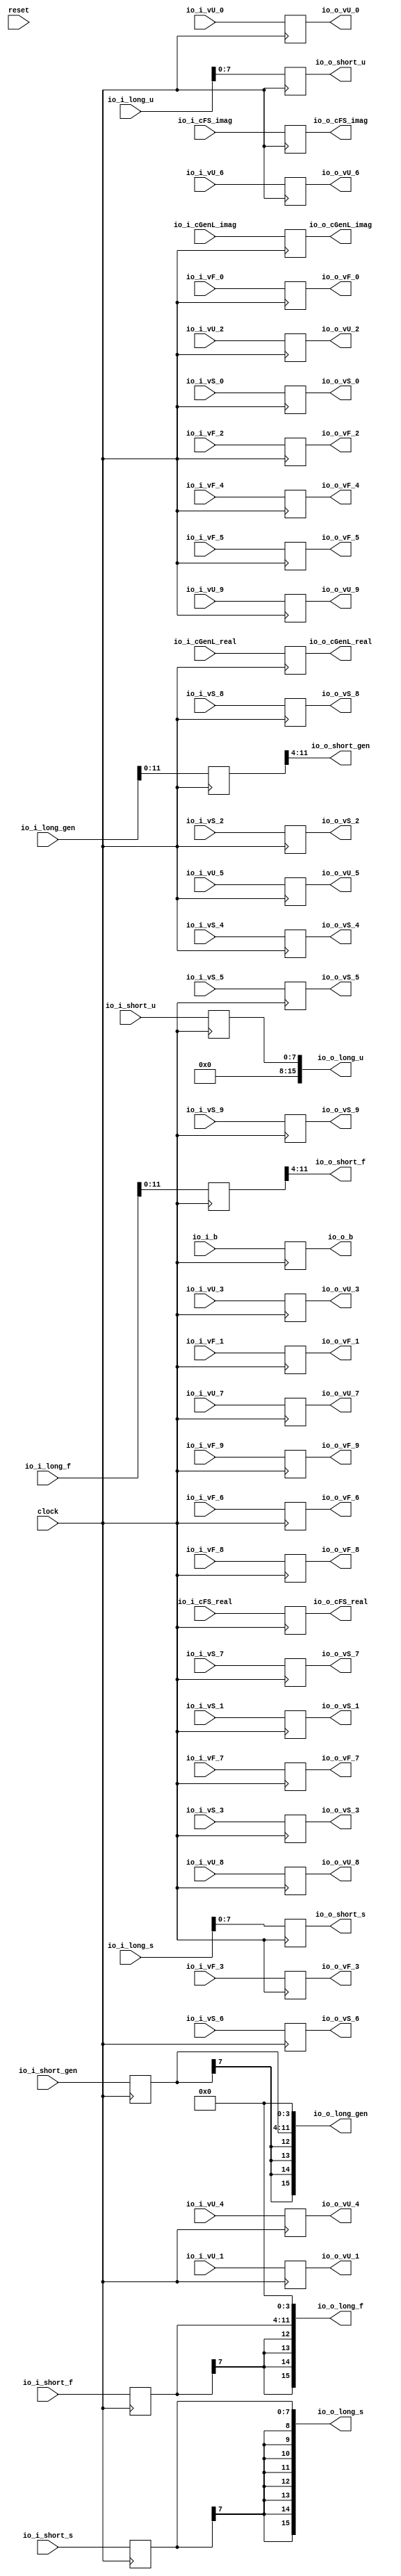
module SimpleIOModule(
  input         clock,
  input         reset,
  input         io_i_b,
  input  [15:0] io_i_cGenL_real,
  input  [15:0] io_i_cGenL_imag,
  input  [7:0]  io_i_cFS_real,
  input  [7:0]  io_i_cFS_imag,
  input  [7:0]  io_i_short_gen,
  input  [7:0]  io_i_short_s,
  input  [7:0]  io_i_short_f,
  input  [7:0]  io_i_short_u,
  input  [15:0] io_i_long_gen,
  input  [15:0] io_i_long_s,
  input  [15:0] io_i_long_f,
  input  [15:0] io_i_long_u,
  input  [7:0]  io_i_vU_0,
  input  [7:0]  io_i_vU_1,
  input  [7:0]  io_i_vU_2,
  input  [7:0]  io_i_vU_3,
  input  [7:0]  io_i_vU_4,
  input  [7:0]  io_i_vU_5,
  input  [7:0]  io_i_vU_6,
  input  [7:0]  io_i_vU_7,
  input  [7:0]  io_i_vU_8,
  input  [7:0]  io_i_vU_9,
  input  [7:0]  io_i_vS_0,
  input  [7:0]  io_i_vS_1,
  input  [7:0]  io_i_vS_2,
  input  [7:0]  io_i_vS_3,
  input  [7:0]  io_i_vS_4,
  input  [7:0]  io_i_vS_5,
  input  [7:0]  io_i_vS_6,
  input  [7:0]  io_i_vS_7,
  input  [7:0]  io_i_vS_8,
  input  [7:0]  io_i_vS_9,
  input  [7:0]  io_i_vF_0,
  input  [7:0]  io_i_vF_1,
  input  [7:0]  io_i_vF_2,
  input  [7:0]  io_i_vF_3,
  input  [7:0]  io_i_vF_4,
  input  [7:0]  io_i_vF_5,
  input  [7:0]  io_i_vF_6,
  input  [7:0]  io_i_vF_7,
  input  [7:0]  io_i_vF_8,
  input  [7:0]  io_i_vF_9,
  output        io_o_b,
  output [15:0] io_o_cGenL_real,
  output [15:0] io_o_cGenL_imag,
  output [7:0]  io_o_cFS_real,
  output [7:0]  io_o_cFS_imag,
  output [7:0]  io_o_short_gen,
  output [7:0]  io_o_short_s,
  output [7:0]  io_o_short_f,
  output [7:0]  io_o_short_u,
  output [15:0] io_o_long_gen,
  output [15:0] io_o_long_s,
  output [15:0] io_o_long_f,
  output [15:0] io_o_long_u,
  output [7:0]  io_o_vU_0,
  output [7:0]  io_o_vU_1,
  output [7:0]  io_o_vU_2,
  output [7:0]  io_o_vU_3,
  output [7:0]  io_o_vU_4,
  output [7:0]  io_o_vU_5,
  output [7:0]  io_o_vU_6,
  output [7:0]  io_o_vU_7,
  output [7:0]  io_o_vU_8,
  output [7:0]  io_o_vU_9,
  output [7:0]  io_o_vS_0,
  output [7:0]  io_o_vS_1,
  output [7:0]  io_o_vS_2,
  output [7:0]  io_o_vS_3,
  output [7:0]  io_o_vS_4,
  output [7:0]  io_o_vS_5,
  output [7:0]  io_o_vS_6,
  output [7:0]  io_o_vS_7,
  output [7:0]  io_o_vS_8,
  output [7:0]  io_o_vS_9,
  output [7:0]  io_o_vF_0,
  output [7:0]  io_o_vF_1,
  output [7:0]  io_o_vF_2,
  output [7:0]  io_o_vF_3,
  output [7:0]  io_o_vF_4,
  output [7:0]  io_o_vF_5,
  output [7:0]  io_o_vF_6,
  output [7:0]  io_o_vF_7,
  output [7:0]  io_o_vF_8,
  output [7:0]  io_o_vF_9
);
`ifdef RANDOMIZE_REG_INIT
  reg [31:0] _RAND_0;
  reg [31:0] _RAND_1;
  reg [31:0] _RAND_2;
  reg [31:0] _RAND_3;
  reg [31:0] _RAND_4;
  reg [31:0] _RAND_5;
  reg [31:0] _RAND_6;
  reg [31:0] _RAND_7;
  reg [31:0] _RAND_8;
  reg [31:0] _RAND_9;
  reg [31:0] _RAND_10;
  reg [31:0] _RAND_11;
  reg [31:0] _RAND_12;
  reg [31:0] _RAND_13;
  reg [31:0] _RAND_14;
  reg [31:0] _RAND_15;
  reg [31:0] _RAND_16;
  reg [31:0] _RAND_17;
  reg [31:0] _RAND_18;
  reg [31:0] _RAND_19;
  reg [31:0] _RAND_20;
  reg [31:0] _RAND_21;
  reg [31:0] _RAND_22;
  reg [31:0] _RAND_23;
  reg [31:0] _RAND_24;
  reg [31:0] _RAND_25;
  reg [31:0] _RAND_26;
  reg [31:0] _RAND_27;
  reg [31:0] _RAND_28;
  reg [31:0] _RAND_29;
  reg [31:0] _RAND_30;
  reg [31:0] _RAND_31;
  reg [31:0] _RAND_32;
  reg [31:0] _RAND_33;
  reg [31:0] _RAND_34;
  reg [31:0] _RAND_35;
  reg [31:0] _RAND_36;
  reg [31:0] _RAND_37;
  reg [31:0] _RAND_38;
  reg [31:0] _RAND_39;
  reg [31:0] _RAND_40;
  reg [31:0] _RAND_41;
  reg [31:0] _RAND_42;
`endif // RANDOMIZE_REG_INIT
  reg [7:0] _T_49_gen; // @[SimpleTBwGenTypeOption.scala 121:23]
  reg [7:0] _T_49_s; // @[SimpleTBwGenTypeOption.scala 121:23]
  reg [7:0] _T_49_f; // @[SimpleTBwGenTypeOption.scala 121:23]
  reg [7:0] _T_49_u; // @[SimpleTBwGenTypeOption.scala 121:23]
  reg [15:0] _T_51_gen; // @[SimpleTBwGenTypeOption.scala 122:24]
  reg [15:0] _T_51_s; // @[SimpleTBwGenTypeOption.scala 122:24]
  reg [15:0] _T_51_f; // @[SimpleTBwGenTypeOption.scala 122:24]
  reg [15:0] _T_51_u; // @[SimpleTBwGenTypeOption.scala 122:24]
  reg  _T_53; // @[SimpleTBwGenTypeOption.scala 125:20]
  reg [15:0] _T_59_real; // @[SimpleTBwGenTypeOption.scala 126:24]
  reg [15:0] _T_59_imag; // @[SimpleTBwGenTypeOption.scala 126:24]
  reg [7:0] _T_65_real; // @[SimpleTBwGenTypeOption.scala 127:22]
  reg [7:0] _T_65_imag; // @[SimpleTBwGenTypeOption.scala 127:22]
  reg [7:0] _T_79_0; // @[SimpleTBwGenTypeOption.scala 130:21]
  reg [7:0] _T_79_1; // @[SimpleTBwGenTypeOption.scala 130:21]
  reg [7:0] _T_79_2; // @[SimpleTBwGenTypeOption.scala 130:21]
  reg [7:0] _T_79_3; // @[SimpleTBwGenTypeOption.scala 130:21]
  reg [7:0] _T_79_4; // @[SimpleTBwGenTypeOption.scala 130:21]
  reg [7:0] _T_79_5; // @[SimpleTBwGenTypeOption.scala 130:21]
  reg [7:0] _T_79_6; // @[SimpleTBwGenTypeOption.scala 130:21]
  reg [7:0] _T_79_7; // @[SimpleTBwGenTypeOption.scala 130:21]
  reg [7:0] _T_79_8; // @[SimpleTBwGenTypeOption.scala 130:21]
  reg [7:0] _T_79_9; // @[SimpleTBwGenTypeOption.scala 130:21]
  reg [7:0] _T_116_0; // @[SimpleTBwGenTypeOption.scala 131:21]
  reg [7:0] _T_116_1; // @[SimpleTBwGenTypeOption.scala 131:21]
  reg [7:0] _T_116_2; // @[SimpleTBwGenTypeOption.scala 131:21]
  reg [7:0] _T_116_3; // @[SimpleTBwGenTypeOption.scala 131:21]
  reg [7:0] _T_116_4; // @[SimpleTBwGenTypeOption.scala 131:21]
  reg [7:0] _T_116_5; // @[SimpleTBwGenTypeOption.scala 131:21]
  reg [7:0] _T_116_6; // @[SimpleTBwGenTypeOption.scala 131:21]
  reg [7:0] _T_116_7; // @[SimpleTBwGenTypeOption.scala 131:21]
  reg [7:0] _T_116_8; // @[SimpleTBwGenTypeOption.scala 131:21]
  reg [7:0] _T_116_9; // @[SimpleTBwGenTypeOption.scala 131:21]
  reg [7:0] _T_153_0; // @[SimpleTBwGenTypeOption.scala 132:21]
  reg [7:0] _T_153_1; // @[SimpleTBwGenTypeOption.scala 132:21]
  reg [7:0] _T_153_2; // @[SimpleTBwGenTypeOption.scala 132:21]
  reg [7:0] _T_153_3; // @[SimpleTBwGenTypeOption.scala 132:21]
  reg [7:0] _T_153_4; // @[SimpleTBwGenTypeOption.scala 132:21]
  reg [7:0] _T_153_5; // @[SimpleTBwGenTypeOption.scala 132:21]
  reg [7:0] _T_153_6; // @[SimpleTBwGenTypeOption.scala 132:21]
  reg [7:0] _T_153_7; // @[SimpleTBwGenTypeOption.scala 132:21]
  reg [7:0] _T_153_8; // @[SimpleTBwGenTypeOption.scala 132:21]
  reg [7:0] _T_153_9; // @[SimpleTBwGenTypeOption.scala 132:21]
  wire [11:0] _GEN_0 = _T_51_gen[15:4]; // @[SimpleTBwGenTypeOption.scala 122:14]
  wire [11:0] _GEN_3 = _T_51_f[15:4]; // @[SimpleTBwGenTypeOption.scala 122:14]
  wire [11:0] _GEN_5 = {$signed(_T_49_gen), 4'h0}; // @[SimpleTBwGenTypeOption.scala 121:13]
  wire [11:0] _GEN_6 = {$signed(_T_49_f), 4'h0}; // @[SimpleTBwGenTypeOption.scala 121:13]
  assign io_o_b = _T_53; // @[SimpleTBwGenTypeOption.scala 125:10]
  assign io_o_cGenL_real = _T_59_real; // @[SimpleTBwGenTypeOption.scala 126:14]
  assign io_o_cGenL_imag = _T_59_imag; // @[SimpleTBwGenTypeOption.scala 126:14]
  assign io_o_cFS_real = _T_65_real; // @[SimpleTBwGenTypeOption.scala 127:12]
  assign io_o_cFS_imag = _T_65_imag; // @[SimpleTBwGenTypeOption.scala 127:12]
  assign io_o_short_gen = _GEN_0[7:0]; // @[SimpleTBwGenTypeOption.scala 122:14]
  assign io_o_short_s = _T_51_s[7:0]; // @[SimpleTBwGenTypeOption.scala 122:14]
  assign io_o_short_f = _GEN_3[7:0]; // @[SimpleTBwGenTypeOption.scala 122:14]
  assign io_o_short_u = _T_51_u[7:0]; // @[SimpleTBwGenTypeOption.scala 122:14]
  assign io_o_long_gen = {{4{_GEN_5[11]}},_GEN_5}; // @[SimpleTBwGenTypeOption.scala 121:13]
  assign io_o_long_s = {{8{_T_49_s[7]}},_T_49_s}; // @[SimpleTBwGenTypeOption.scala 121:13]
  assign io_o_long_f = {{4{_GEN_6[11]}},_GEN_6}; // @[SimpleTBwGenTypeOption.scala 121:13]
  assign io_o_long_u = {{8'd0}, _T_49_u}; // @[SimpleTBwGenTypeOption.scala 121:13]
  assign io_o_vU_0 = _T_79_0; // @[SimpleTBwGenTypeOption.scala 130:11]
  assign io_o_vU_1 = _T_79_1; // @[SimpleTBwGenTypeOption.scala 130:11]
  assign io_o_vU_2 = _T_79_2; // @[SimpleTBwGenTypeOption.scala 130:11]
  assign io_o_vU_3 = _T_79_3; // @[SimpleTBwGenTypeOption.scala 130:11]
  assign io_o_vU_4 = _T_79_4; // @[SimpleTBwGenTypeOption.scala 130:11]
  assign io_o_vU_5 = _T_79_5; // @[SimpleTBwGenTypeOption.scala 130:11]
  assign io_o_vU_6 = _T_79_6; // @[SimpleTBwGenTypeOption.scala 130:11]
  assign io_o_vU_7 = _T_79_7; // @[SimpleTBwGenTypeOption.scala 130:11]
  assign io_o_vU_8 = _T_79_8; // @[SimpleTBwGenTypeOption.scala 130:11]
  assign io_o_vU_9 = _T_79_9; // @[SimpleTBwGenTypeOption.scala 130:11]
  assign io_o_vS_0 = _T_116_0; // @[SimpleTBwGenTypeOption.scala 131:11]
  assign io_o_vS_1 = _T_116_1; // @[SimpleTBwGenTypeOption.scala 131:11]
  assign io_o_vS_2 = _T_116_2; // @[SimpleTBwGenTypeOption.scala 131:11]
  assign io_o_vS_3 = _T_116_3; // @[SimpleTBwGenTypeOption.scala 131:11]
  assign io_o_vS_4 = _T_116_4; // @[SimpleTBwGenTypeOption.scala 131:11]
  assign io_o_vS_5 = _T_116_5; // @[SimpleTBwGenTypeOption.scala 131:11]
  assign io_o_vS_6 = _T_116_6; // @[SimpleTBwGenTypeOption.scala 131:11]
  assign io_o_vS_7 = _T_116_7; // @[SimpleTBwGenTypeOption.scala 131:11]
  assign io_o_vS_8 = _T_116_8; // @[SimpleTBwGenTypeOption.scala 131:11]
  assign io_o_vS_9 = _T_116_9; // @[SimpleTBwGenTypeOption.scala 131:11]
  assign io_o_vF_0 = _T_153_0; // @[SimpleTBwGenTypeOption.scala 132:11]
  assign io_o_vF_1 = _T_153_1; // @[SimpleTBwGenTypeOption.scala 132:11]
  assign io_o_vF_2 = _T_153_2; // @[SimpleTBwGenTypeOption.scala 132:11]
  assign io_o_vF_3 = _T_153_3; // @[SimpleTBwGenTypeOption.scala 132:11]
  assign io_o_vF_4 = _T_153_4; // @[SimpleTBwGenTypeOption.scala 132:11]
  assign io_o_vF_5 = _T_153_5; // @[SimpleTBwGenTypeOption.scala 132:11]
  assign io_o_vF_6 = _T_153_6; // @[SimpleTBwGenTypeOption.scala 132:11]
  assign io_o_vF_7 = _T_153_7; // @[SimpleTBwGenTypeOption.scala 132:11]
  assign io_o_vF_8 = _T_153_8; // @[SimpleTBwGenTypeOption.scala 132:11]
  assign io_o_vF_9 = _T_153_9; // @[SimpleTBwGenTypeOption.scala 132:11]
  always @(posedge clock) begin
    _T_49_gen <= io_i_short_gen; // @[SimpleTBwGenTypeOption.scala 121:23]
    _T_49_s <= io_i_short_s; // @[SimpleTBwGenTypeOption.scala 121:23]
    _T_49_f <= io_i_short_f; // @[SimpleTBwGenTypeOption.scala 121:23]
    _T_49_u <= io_i_short_u; // @[SimpleTBwGenTypeOption.scala 121:23]
    _T_51_gen <= io_i_long_gen; // @[SimpleTBwGenTypeOption.scala 122:24]
    _T_51_s <= io_i_long_s; // @[SimpleTBwGenTypeOption.scala 122:24]
    _T_51_f <= io_i_long_f; // @[SimpleTBwGenTypeOption.scala 122:24]
    _T_51_u <= io_i_long_u; // @[SimpleTBwGenTypeOption.scala 122:24]
    _T_53 <= io_i_b; // @[SimpleTBwGenTypeOption.scala 125:20]
    _T_59_real <= io_i_cGenL_real; // @[SimpleTBwGenTypeOption.scala 126:24]
    _T_59_imag <= io_i_cGenL_imag; // @[SimpleTBwGenTypeOption.scala 126:24]
    _T_65_real <= io_i_cFS_real; // @[SimpleTBwGenTypeOption.scala 127:22]
    _T_65_imag <= io_i_cFS_imag; // @[SimpleTBwGenTypeOption.scala 127:22]
    _T_79_0 <= io_i_vU_0; // @[SimpleTBwGenTypeOption.scala 130:21]
    _T_79_1 <= io_i_vU_1; // @[SimpleTBwGenTypeOption.scala 130:21]
    _T_79_2 <= io_i_vU_2; // @[SimpleTBwGenTypeOption.scala 130:21]
    _T_79_3 <= io_i_vU_3; // @[SimpleTBwGenTypeOption.scala 130:21]
    _T_79_4 <= io_i_vU_4; // @[SimpleTBwGenTypeOption.scala 130:21]
    _T_79_5 <= io_i_vU_5; // @[SimpleTBwGenTypeOption.scala 130:21]
    _T_79_6 <= io_i_vU_6; // @[SimpleTBwGenTypeOption.scala 130:21]
    _T_79_7 <= io_i_vU_7; // @[SimpleTBwGenTypeOption.scala 130:21]
    _T_79_8 <= io_i_vU_8; // @[SimpleTBwGenTypeOption.scala 130:21]
    _T_79_9 <= io_i_vU_9; // @[SimpleTBwGenTypeOption.scala 130:21]
    _T_116_0 <= io_i_vS_0; // @[SimpleTBwGenTypeOption.scala 131:21]
    _T_116_1 <= io_i_vS_1; // @[SimpleTBwGenTypeOption.scala 131:21]
    _T_116_2 <= io_i_vS_2; // @[SimpleTBwGenTypeOption.scala 131:21]
    _T_116_3 <= io_i_vS_3; // @[SimpleTBwGenTypeOption.scala 131:21]
    _T_116_4 <= io_i_vS_4; // @[SimpleTBwGenTypeOption.scala 131:21]
    _T_116_5 <= io_i_vS_5; // @[SimpleTBwGenTypeOption.scala 131:21]
    _T_116_6 <= io_i_vS_6; // @[SimpleTBwGenTypeOption.scala 131:21]
    _T_116_7 <= io_i_vS_7; // @[SimpleTBwGenTypeOption.scala 131:21]
    _T_116_8 <= io_i_vS_8; // @[SimpleTBwGenTypeOption.scala 131:21]
    _T_116_9 <= io_i_vS_9; // @[SimpleTBwGenTypeOption.scala 131:21]
    _T_153_0 <= io_i_vF_0; // @[SimpleTBwGenTypeOption.scala 132:21]
    _T_153_1 <= io_i_vF_1; // @[SimpleTBwGenTypeOption.scala 132:21]
    _T_153_2 <= io_i_vF_2; // @[SimpleTBwGenTypeOption.scala 132:21]
    _T_153_3 <= io_i_vF_3; // @[SimpleTBwGenTypeOption.scala 132:21]
    _T_153_4 <= io_i_vF_4; // @[SimpleTBwGenTypeOption.scala 132:21]
    _T_153_5 <= io_i_vF_5; // @[SimpleTBwGenTypeOption.scala 132:21]
    _T_153_6 <= io_i_vF_6; // @[SimpleTBwGenTypeOption.scala 132:21]
    _T_153_7 <= io_i_vF_7; // @[SimpleTBwGenTypeOption.scala 132:21]
    _T_153_8 <= io_i_vF_8; // @[SimpleTBwGenTypeOption.scala 132:21]
    _T_153_9 <= io_i_vF_9; // @[SimpleTBwGenTypeOption.scala 132:21]
  end
// Register and memory initialization
`ifdef RANDOMIZE_GARBAGE_ASSIGN
`define RANDOMIZE
`endif
`ifdef RANDOMIZE_INVALID_ASSIGN
`define RANDOMIZE
`endif
`ifdef RANDOMIZE_REG_INIT
`define RANDOMIZE
`endif
`ifdef RANDOMIZE_MEM_INIT
`define RANDOMIZE
`endif
`ifndef RANDOM
`define RANDOM $random
`endif
`ifdef RANDOMIZE_MEM_INIT
  integer initvar;
`endif
`ifndef SYNTHESIS
`ifdef FIRRTL_BEFORE_INITIAL
`FIRRTL_BEFORE_INITIAL
`endif
initial begin
  `ifdef RANDOMIZE
    `ifdef INIT_RANDOM
      `INIT_RANDOM
    `endif
    `ifndef VERILATOR
      `ifdef RANDOMIZE_DELAY
        #`RANDOMIZE_DELAY begin end
      `else
        #0.002 begin end
      `endif
    `endif
`ifdef RANDOMIZE_REG_INIT
  _RAND_0 = {1{`RANDOM}};
  _T_49_gen = _RAND_0[7:0];
  _RAND_1 = {1{`RANDOM}};
  _T_49_s = _RAND_1[7:0];
  _RAND_2 = {1{`RANDOM}};
  _T_49_f = _RAND_2[7:0];
  _RAND_3 = {1{`RANDOM}};
  _T_49_u = _RAND_3[7:0];
  _RAND_4 = {1{`RANDOM}};
  _T_51_gen = _RAND_4[15:0];
  _RAND_5 = {1{`RANDOM}};
  _T_51_s = _RAND_5[15:0];
  _RAND_6 = {1{`RANDOM}};
  _T_51_f = _RAND_6[15:0];
  _RAND_7 = {1{`RANDOM}};
  _T_51_u = _RAND_7[15:0];
  _RAND_8 = {1{`RANDOM}};
  _T_53 = _RAND_8[0:0];
  _RAND_9 = {1{`RANDOM}};
  _T_59_real = _RAND_9[15:0];
  _RAND_10 = {1{`RANDOM}};
  _T_59_imag = _RAND_10[15:0];
  _RAND_11 = {1{`RANDOM}};
  _T_65_real = _RAND_11[7:0];
  _RAND_12 = {1{`RANDOM}};
  _T_65_imag = _RAND_12[7:0];
  _RAND_13 = {1{`RANDOM}};
  _T_79_0 = _RAND_13[7:0];
  _RAND_14 = {1{`RANDOM}};
  _T_79_1 = _RAND_14[7:0];
  _RAND_15 = {1{`RANDOM}};
  _T_79_2 = _RAND_15[7:0];
  _RAND_16 = {1{`RANDOM}};
  _T_79_3 = _RAND_16[7:0];
  _RAND_17 = {1{`RANDOM}};
  _T_79_4 = _RAND_17[7:0];
  _RAND_18 = {1{`RANDOM}};
  _T_79_5 = _RAND_18[7:0];
  _RAND_19 = {1{`RANDOM}};
  _T_79_6 = _RAND_19[7:0];
  _RAND_20 = {1{`RANDOM}};
  _T_79_7 = _RAND_20[7:0];
  _RAND_21 = {1{`RANDOM}};
  _T_79_8 = _RAND_21[7:0];
  _RAND_22 = {1{`RANDOM}};
  _T_79_9 = _RAND_22[7:0];
  _RAND_23 = {1{`RANDOM}};
  _T_116_0 = _RAND_23[7:0];
  _RAND_24 = {1{`RANDOM}};
  _T_116_1 = _RAND_24[7:0];
  _RAND_25 = {1{`RANDOM}};
  _T_116_2 = _RAND_25[7:0];
  _RAND_26 = {1{`RANDOM}};
  _T_116_3 = _RAND_26[7:0];
  _RAND_27 = {1{`RANDOM}};
  _T_116_4 = _RAND_27[7:0];
  _RAND_28 = {1{`RANDOM}};
  _T_116_5 = _RAND_28[7:0];
  _RAND_29 = {1{`RANDOM}};
  _T_116_6 = _RAND_29[7:0];
  _RAND_30 = {1{`RANDOM}};
  _T_116_7 = _RAND_30[7:0];
  _RAND_31 = {1{`RANDOM}};
  _T_116_8 = _RAND_31[7:0];
  _RAND_32 = {1{`RANDOM}};
  _T_116_9 = _RAND_32[7:0];
  _RAND_33 = {1{`RANDOM}};
  _T_153_0 = _RAND_33[7:0];
  _RAND_34 = {1{`RANDOM}};
  _T_153_1 = _RAND_34[7:0];
  _RAND_35 = {1{`RANDOM}};
  _T_153_2 = _RAND_35[7:0];
  _RAND_36 = {1{`RANDOM}};
  _T_153_3 = _RAND_36[7:0];
  _RAND_37 = {1{`RANDOM}};
  _T_153_4 = _RAND_37[7:0];
  _RAND_38 = {1{`RANDOM}};
  _T_153_5 = _RAND_38[7:0];
  _RAND_39 = {1{`RANDOM}};
  _T_153_6 = _RAND_39[7:0];
  _RAND_40 = {1{`RANDOM}};
  _T_153_7 = _RAND_40[7:0];
  _RAND_41 = {1{`RANDOM}};
  _T_153_8 = _RAND_41[7:0];
  _RAND_42 = {1{`RANDOM}};
  _T_153_9 = _RAND_42[7:0];
`endif // RANDOMIZE_REG_INIT
  `endif // RANDOMIZE
end // initial
`ifdef FIRRTL_AFTER_INITIAL
`FIRRTL_AFTER_INITIAL
`endif
`endif // SYNTHESIS
endmodule